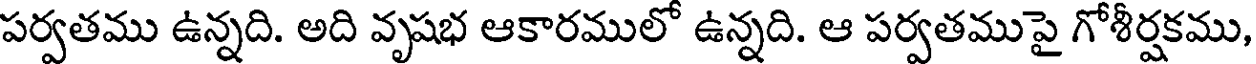
పర్వతము ఉన్నది. అది వృషభ ఆకారములో ఉన్నది. ఆ పర్వతముపై గోశీర్షకము,